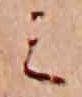
ミ